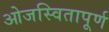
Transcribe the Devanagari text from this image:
ओजस्वितापूर्ण